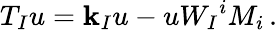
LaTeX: T_{I}u=\mathbf{k}_{I}u-uW_{I}{}^{i}M_{i}\, .